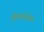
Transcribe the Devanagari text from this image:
ओमाप्रजोल